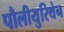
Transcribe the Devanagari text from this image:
पौलीयुरिथेन